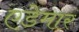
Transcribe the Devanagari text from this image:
एडेमार